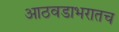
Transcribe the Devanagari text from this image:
आठवडाभरातच